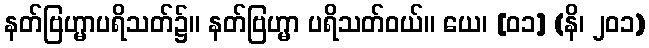
နတ်ဗြဟ္မာပရိသတ်၌။ နတ်ဗြဟ္မာ ပရိသတ်ဝယ်။ ယေ၊ [၀၁] (နိ၊ ၂၀၁)